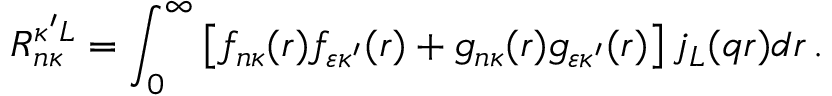
R _ { n \kappa } ^ { \kappa ^ { \prime } L } = \int _ { 0 } ^ { \infty } \left[ f _ { n \kappa } { ( r ) } f _ { \varepsilon \kappa ^ { \prime } } { ( r ) } + g _ { n \kappa } { ( r ) } g _ { \varepsilon \kappa ^ { \prime } } { ( r ) } \right] j _ { L } { ( q r ) } d r \, .